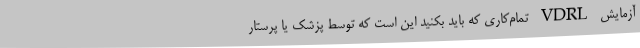
آزمایش VDRL تمام‌کاری که باید بکنید این است که توسط پزشک یا پرستار